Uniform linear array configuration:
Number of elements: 32
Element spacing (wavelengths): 0.5
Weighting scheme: blackman
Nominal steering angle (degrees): -45
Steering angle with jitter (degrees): -46.257
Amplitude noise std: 0.05
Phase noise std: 0.05

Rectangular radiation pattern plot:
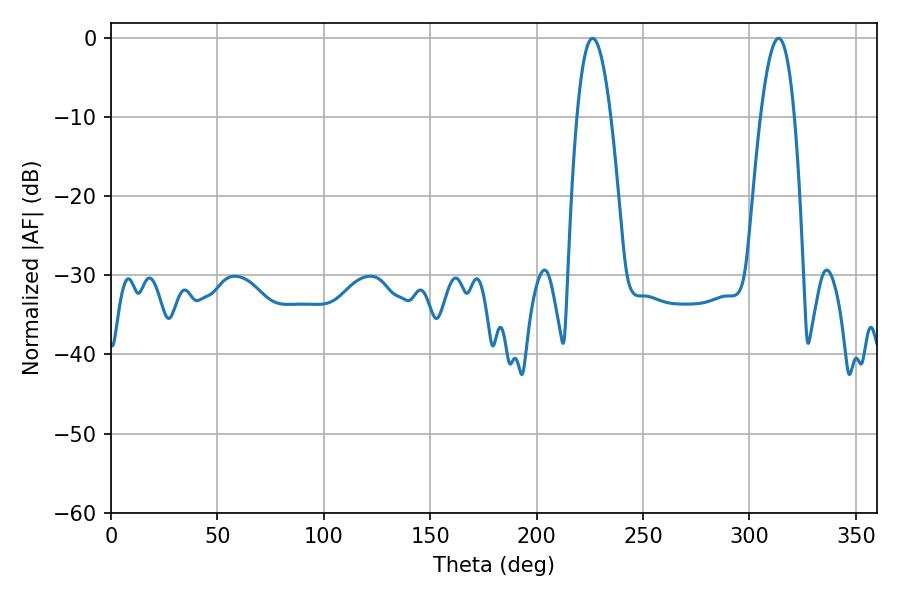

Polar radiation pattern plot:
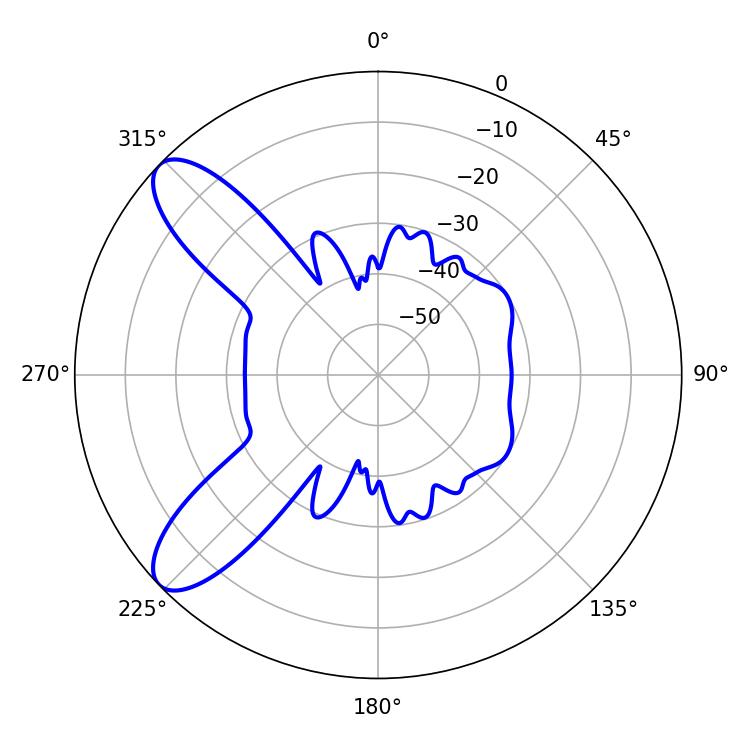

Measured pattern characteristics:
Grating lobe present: FALSE
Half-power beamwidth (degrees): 8.64
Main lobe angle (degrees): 226.26